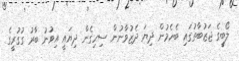
ލޯބީގެ ޖަޒުބާތުގައި ބެހެމުން ދިޔަ ދެޒުވާނުން ސިހިގެން ދިޔައީ އިވުނު ބާރު ގުގުރީގެ